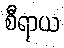
စီရာယ